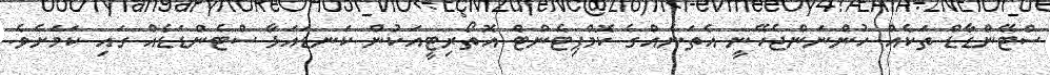
ސްޓޭންޑާޑް ތަކެއް ހުންނަންޖެހޭނީ އެތަނެއްގެ ކޮމްޕިޓެންޓް އޮތޯރިޓީއަކުން ކަނޑައަޅާ ސްޓެންޑަޑެއް ގައި ކަމަށެވެ.